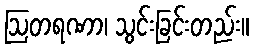
ဩတရဏာ၊ သွင်းခြင်းတည်း။